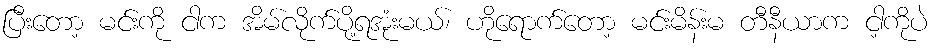
ပြီးတော့ မင်းကို ငါက အိမ်လိုက်ပို့ရအုံးမယ်၊ ဟိုရောက်တော့ မင်းမိန်းမ တီနီယာက ငါ့ကိုပဲ